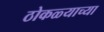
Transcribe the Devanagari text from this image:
ठोकळ्याच्या